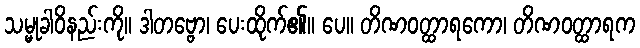
သမ္မုခါဝိနည်းကို။ ဒါတဗ္ဗော၊ ပေးထိုက်၏။ ပေ။ တိဏဝတ္ထာရကော၊ တိဏဝတ္ထာရက